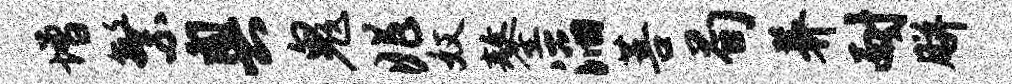
增繁奥鬼兆奴鏊滔菩荀养耐胼